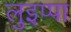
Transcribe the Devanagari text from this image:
लुइप्पा